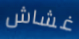
غشاش